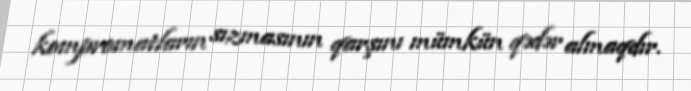
kompromatların sızmasının qarşını mümkün qədər almaqdır.